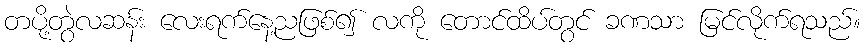
တပို့တွဲလဆန်း လေးရက်နေ့ညဖြစ်၍ လကို တောင်ထိပ်တွင် ခဏသာ မြင်လိုက်ရသည်။